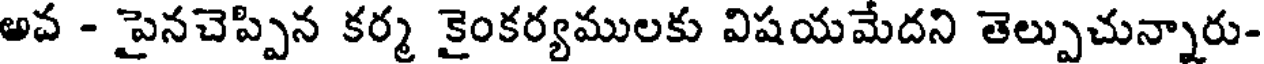
అవ - పైనచెప్పిన కర్మ కైంకర్యములకు విషయమేదని తెల్పుచున్నారు-